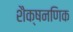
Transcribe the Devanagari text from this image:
शैक्षनणिक